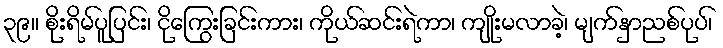
၃၉။ စိုးရိမ်ပူပြင်း၊ ငိုကြွေးခြင်းကား၊ ကိုယ်ဆင်းရဲကာ၊ ကျိုးမလာခဲ့၊ မျက်နှာညစ်ပုပ်၊